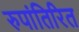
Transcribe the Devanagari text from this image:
रुपांतिरित